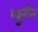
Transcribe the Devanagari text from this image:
प्युरीन